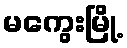
မကွေးမြို့